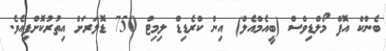
ބެންކް އޮފް މޯލްޑިވްސް (ބީއެމްއެލް) އިން ކްރެޑިޑް ލިމިޓް 750 ޑޮލަރަށް އިތުރުކޮށްފިއެވެ.